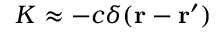
{ \cal K } \approx - c \delta ( { \bf r - r ^ { \prime } } )